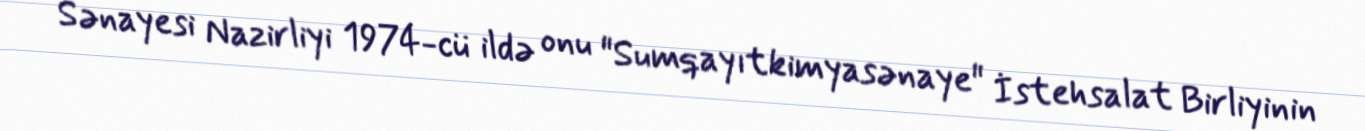
Sənayesi Nazirliyi 1974-cü ildə onu "Sumqayıtkimyasənaye" İstehsalat Birliyinin